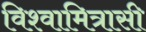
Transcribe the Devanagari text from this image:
विश्वामित्रासी